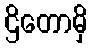
ဌိတောမှိ